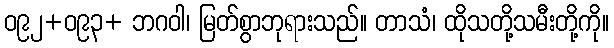
ဝ၉၂+ဝ၉၃+ ဘဂဝါ၊ မြတ်စွာဘုရားသည်။ တာသံ၊ ထိုသတို့သမီးတို့ကို။